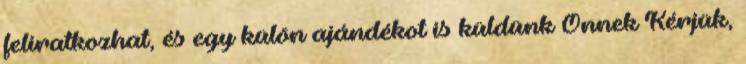
feliratkozhat, és egy külön ajándékot is küldünk Önnek Kérjük,